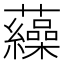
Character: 𧅂